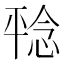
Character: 𪪆